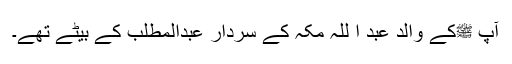
آپ ﷺکے والد عبد ا للہ مکہ کے سردار عبدالمطلب کے بیٹے تھے۔